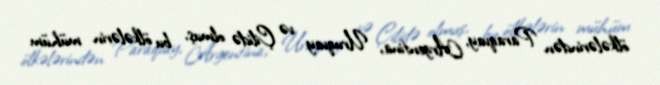
ölkələrindən Paraqvay, Argentina, Uruqvay və Çilidə olmuş, bu ölkələrin mühüm